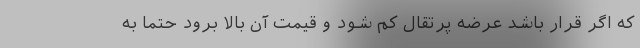
که اگر قرار باشد عرضه پرتقال کم شود و قیمت آن بالا برود حتماً به